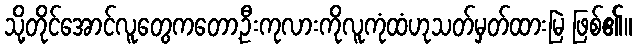
သို့တိုင်အောင်လူတွေကတော့ဦးကုလားကိုလူကုံထံဟုသတ်မှတ်ထားမြဲ ဖြစ်၏။